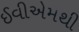
ઈવીએમથી